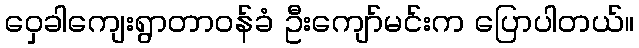
ဝှေခါကျေးရွာတာဝန်ခံ ဦးကျော်မင်းက ပြောပါတယ်။